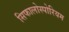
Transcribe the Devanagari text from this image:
सिफालोस्पोरियम